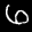
Label: 6